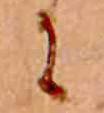
に